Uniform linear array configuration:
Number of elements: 48
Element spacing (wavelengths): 0.5
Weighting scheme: hann
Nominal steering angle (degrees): -15
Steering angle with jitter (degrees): -13.499
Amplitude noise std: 0.05
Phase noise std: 0.05

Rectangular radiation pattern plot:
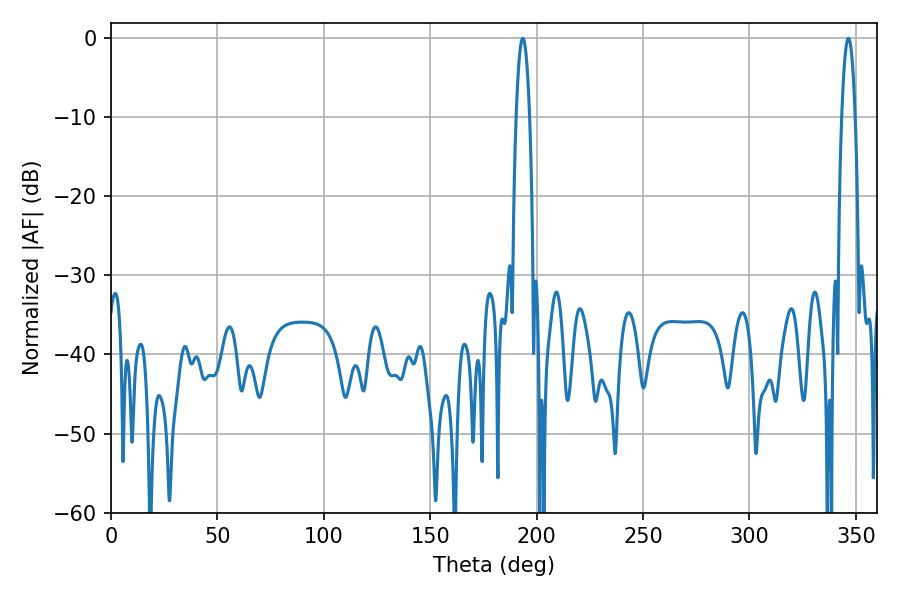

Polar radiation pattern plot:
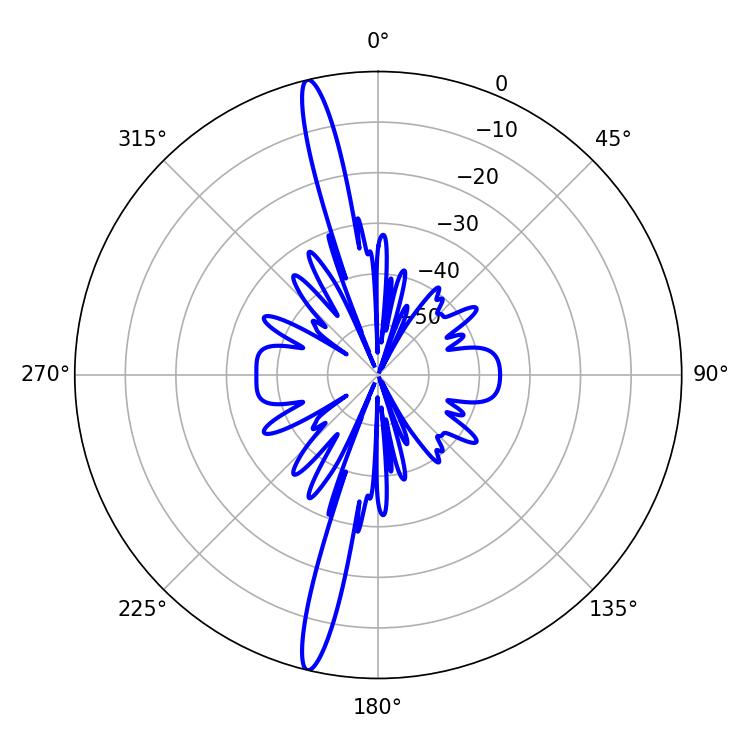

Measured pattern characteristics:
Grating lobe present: FALSE
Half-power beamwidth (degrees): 3.6
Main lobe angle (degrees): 193.5